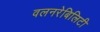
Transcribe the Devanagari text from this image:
वलनरेबिलिटी